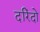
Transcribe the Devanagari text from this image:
दरिंदो